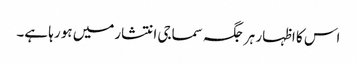
اس کا اظہار ہر جگہ سماجی انتشارمیں ہو رہا ہے۔